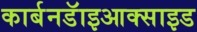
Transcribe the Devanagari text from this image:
कार्बनडॅाइआक्साइड